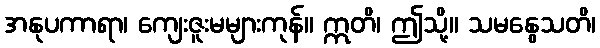
အနုပကာရာ၊ ကျေးဇူးမများကုန်။ ဣတိ၊ ဤသို့။ သမနွေသတိ၊